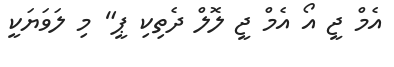
އެމް ޖީ އޯ އެމް ޖީ ލޮލް ދެތިކި ޕީ" މި ލަވަޔަކީ